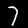
Digit: 7